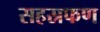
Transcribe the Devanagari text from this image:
सहस्रफण